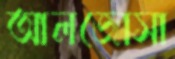
আলজোসা